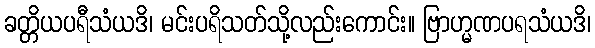
ခတ္တိယပရီသံယဒိ၊ မင်းပရိသတ်သို့လည်းကောင်း။ ဗြာဟ္မဏပရသံယဒိ၊